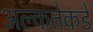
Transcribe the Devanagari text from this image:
अल्कतेकडे